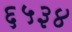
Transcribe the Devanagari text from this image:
६५३४